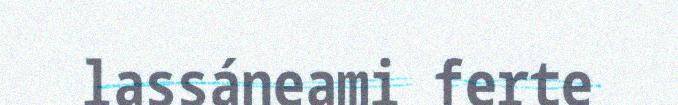
lassáneami ferte